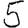
Digit: 5